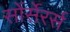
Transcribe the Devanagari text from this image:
सोंर्सेरर्स